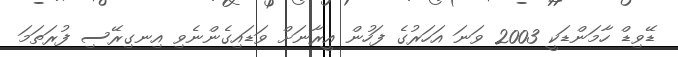
ޑޭވިޑް ހާމަންޑަކީ 2003 ވަނަ އަހަރުގެ ފަހުން އީރާނަށް ވަޑައިގެންނެވި އިނގިރޭސި ފުރަތަމަ